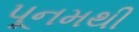
પૂનમથી